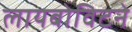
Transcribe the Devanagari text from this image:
लायबोविटने